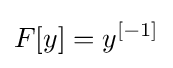
F[y]=y^{[-1]}